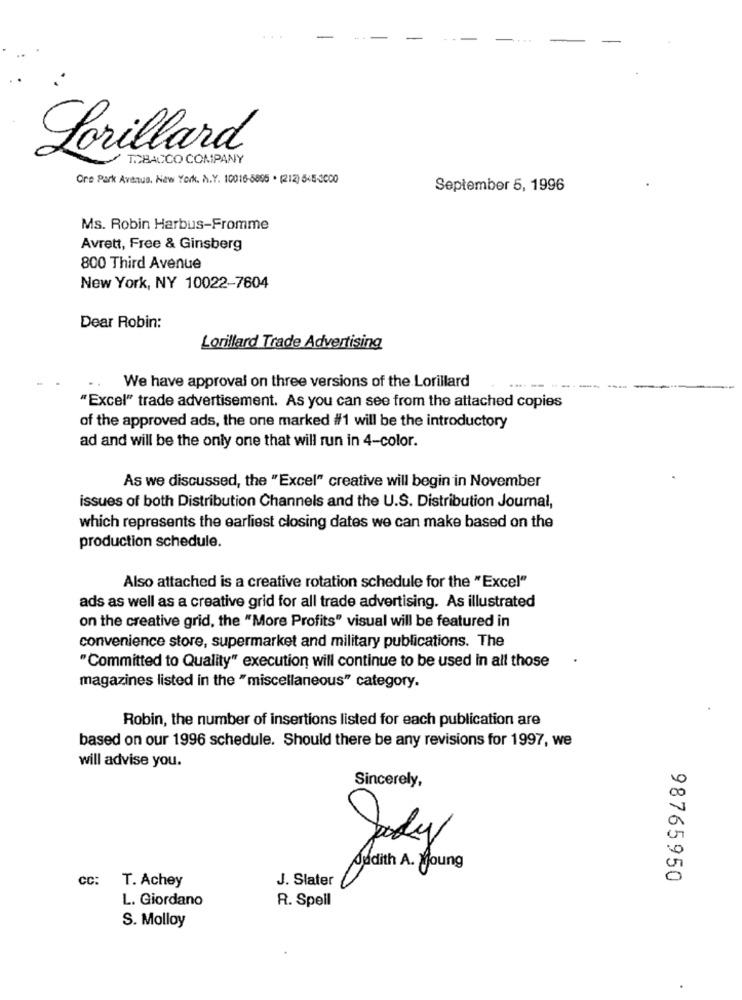
Lorillard
TOBACCO COMPANY
Ore Park Avenue, New York. A.Y. 10016-5895 . (212) 545-3000
September 5, 1996
Ms. Robin Harbus-Fromme
Avrett, Free & Ginsberg
800 Third Avenue
New York, NY 10022-7604
Dear Robin:
Lorillard Trade Advertising
We have approval on three versions of the Lorillard
----
"Excel" trade advertisement. As you can see from the attached copies
of the approved ads, the one marked #1 will be the introductory
ad and will be the only one that will run in 4-color.
As we discussed, the "Excel" creative will begin in November
issues of both Distribution Channels and the U.S. Distribution Journal,
which represents the earliest closing dates we can make based on the
production schedule.
Also attached is a creative rotation schedule for the "Excel"
ads as well as a creative grid for all trade advertising. As illustrated
on the creative grid, the "More Profits" visual will be featured in
convenience store, supermarket and military publications. The
"Committed to Quality" execution will continue to be used in all those
magazines listed in the "miscellaneous" category.
Robin, the number of insertions listed for each publication are
based on our 1996 schedule. Should there be any revisions for 1997, we
will advise you.
Sincerely,
CO
Jody
0
Judith A. Young
cc: T. Achey
J. Slater
98765950
L. Giordano
R. Spell
S. Molloy